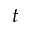
t